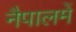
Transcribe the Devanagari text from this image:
नैपालमें